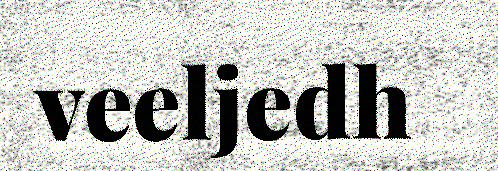
veeljedh